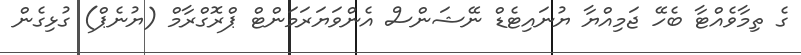
ގެ ތިމާވެއްޓާ ބެހޭ ޖަމިއްޔާ ޔުނައިޓެޑް ނޭޝަންސް އެންވަޔަރަމަންޓް ޕްރޮގްރާމް (ޔުނެޕް) ގުޅިގެން